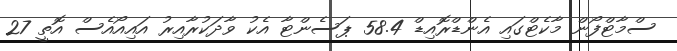
ސްމާޓްފޯން މާކެޓްގައި އެންޑްރޮއިޑް 58.4 ޕަސެންޓާ އެކު ވާދަކުރާއިރު އައިއޯއެސް އޮތީ 27